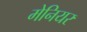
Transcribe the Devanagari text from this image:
मेनियर